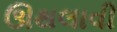
ઊથલાવી